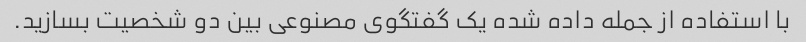
با استفاده از جمله داده شده یک گفتگوی مصنوعی بین دو شخصیت بسازید.